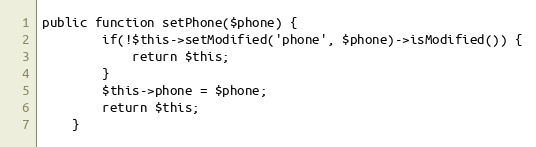
Language: PHP
public function setPhone($phone) {
        if(!$this->setModified('phone', $phone)->isModified()) {
            return $this;
        }
		$this->phone = $phone;
		return $this;
    }